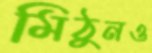
মিঠুনও